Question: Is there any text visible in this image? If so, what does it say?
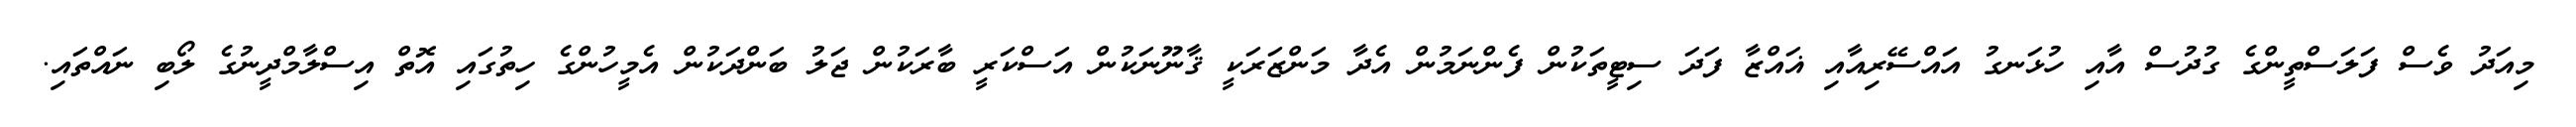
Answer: މިއަދު ވެސް ފަލަސްތީންގެ ގުދުސް އާއި ހުޅަނގު އައްސޭރިއާއި ޣައްޒާ ފަދަ ސިޓީތަކުން ފެންނަމުން އެދާ މަންޒަރަކީ ޤާނޫނަކުން އަސްކަރީ ބާރަކުން ޖަލު ބަންދަކުން އެމީހުންގެ ހިތުގައި އޮތް އިސްލާމްދީނުގެ ލޯބި ނައްތައި.